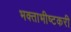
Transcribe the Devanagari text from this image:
भक्ताभीष्टकरी